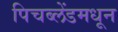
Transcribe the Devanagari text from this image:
पिचब्लेंडमधून